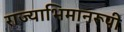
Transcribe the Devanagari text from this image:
राज्याभिमानरूपी